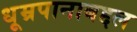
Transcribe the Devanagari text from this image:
धूम्रपानाबद्दल